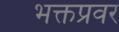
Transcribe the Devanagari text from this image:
भक्तप्रवर